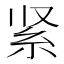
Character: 紧